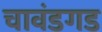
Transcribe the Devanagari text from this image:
चावंडगड